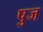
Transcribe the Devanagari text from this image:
पुज